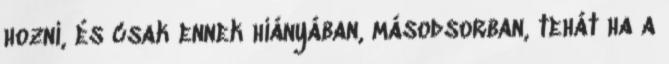
hozni, és csak ennek hiányában, másodsorban, tehát ha a